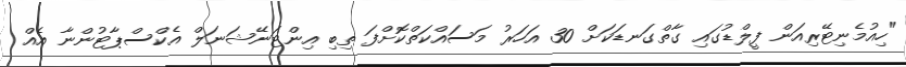
"ހިއުމެނިޓޭރިއަން ފީލްޑުގައި ގާތްގަނޑަކަށް 30 އަހަރު މަސައްކަތްކޮށްފަ ތިބި އިންޓަނޭޝަނަލް އެކްސްޕާޓުންނާ އެއް